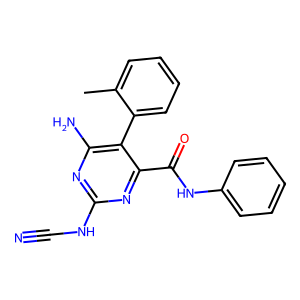
SMILES: Cc1ccccc1-c1c(N)nc(NC#N)nc1C(=O)Nc1ccccc1
Inhibits HIV replication: No